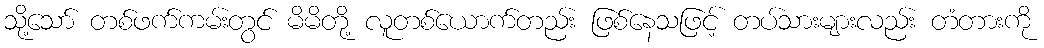
သို့သော် တစ်ဖက်ကမ်းတွင် မိမိတို့ လူတစ်ယောက်တည်း ဖြစ်နေသဖြင့် တပ်သားများလည်း တံတားကို